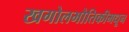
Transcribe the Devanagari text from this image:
खगोलभौतिकीमधून